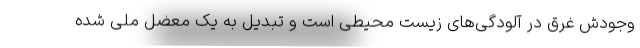
وجودش غرق در آلودگی‌های زیست محیطی است و تبدیل به یک معضل ملی شده